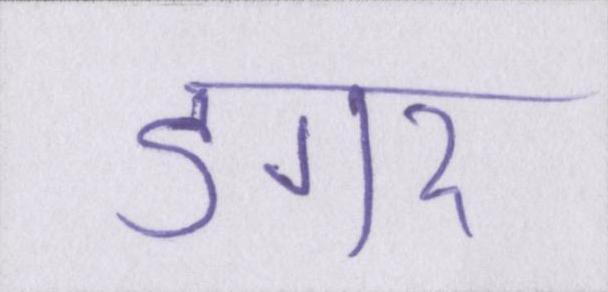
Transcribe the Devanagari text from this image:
डगर